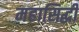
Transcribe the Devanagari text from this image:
महासिद्धी